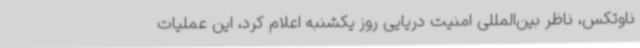
ناوتکس، ناظر بین‌المللی امنیت دریایی روز یکشنبه اعلام کرد، این عملیات